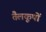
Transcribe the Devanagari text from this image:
तैलकूपों